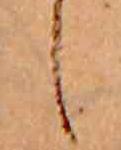
し